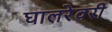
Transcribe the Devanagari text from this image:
घालरेवरी